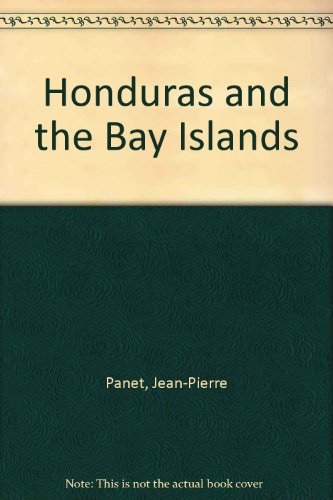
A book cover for Honduras and the Bay Islands; J. P. Panet; Travel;